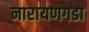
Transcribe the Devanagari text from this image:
नारायणगडा